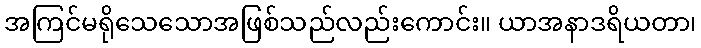
အကြင်မရိုသေသောအဖြစ်သည်လည်းကောင်း။ ယာအနာဒရိယတာ၊